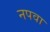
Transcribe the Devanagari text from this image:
नपवा